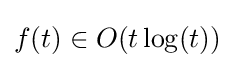
f(t)\in O(t\log(t))